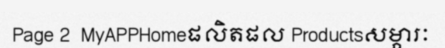
Page 2  MyAPPHomeផលិតផល Productsសម្ភារៈ